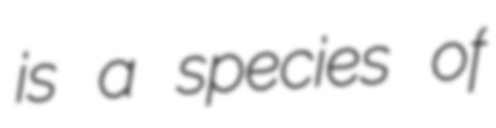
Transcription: is a species of